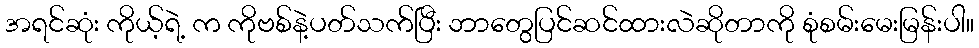
အရင်ဆုံး ကိုယ့်ရဲ့ က ကိုဗစ်နဲ့ပတ်သက်ပြီး ဘာတွေပြင်ဆင်ထားလဲဆိုတာကို စုံစမ်းမေးမြန်းပါ။